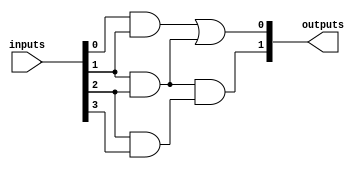
module FusedPAL (
    input wire [n-1:0] inputs,   // n inputs for the PAL
    output wire [m-1:0] outputs   // m outputs for the PAL
);

parameter n = 4; // Number of inputs
parameter m = 2; // Number of outputs
parameter p = 3; // Number of product terms

// Declare product terms
wire [p-1:0] product_terms;

// AND array: each product term can be a combination of inputs
assign product_terms[0] = inputs[0] & inputs[1];         // Product Term 1
assign product_terms[1] = inputs[1] & inputs[2];         // Product Term 2
assign product_terms[2] = inputs[2] & inputs[3];         // Product Term 3

// OR array: each output is a combination of the product terms
assign outputs[0] = product_terms[0] | product_terms[1]; // Output 1
assign outputs[1] = product_terms[1] & product_terms[2]; // Output 2

// Timing characteristics (using delays to model propagation delays)
specify
    // Timing delays can be adjusted as per the design requirements
    (inputs => outputs[0]) = (2, 3); // Delay for output 0
    (inputs => outputs[1]) = (2, 3); // Delay for output 1
endspecify

endmodule